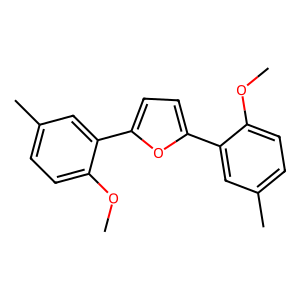
SMILES: COc1ccc(C)cc1-c1ccc(-c2cc(C)ccc2OC)o1
Inhibits HIV replication: No